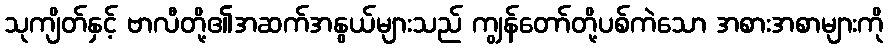
သုကျိတ်နှင့် ဗာလီတို့၏အဆက်အနွယ်များသည် ကျွန်တော်တို့ပစ်ကဲသော အစားအစာများကို